Indian journal of veterinary science and animal husbandry - Volume 8,
Year: 1938
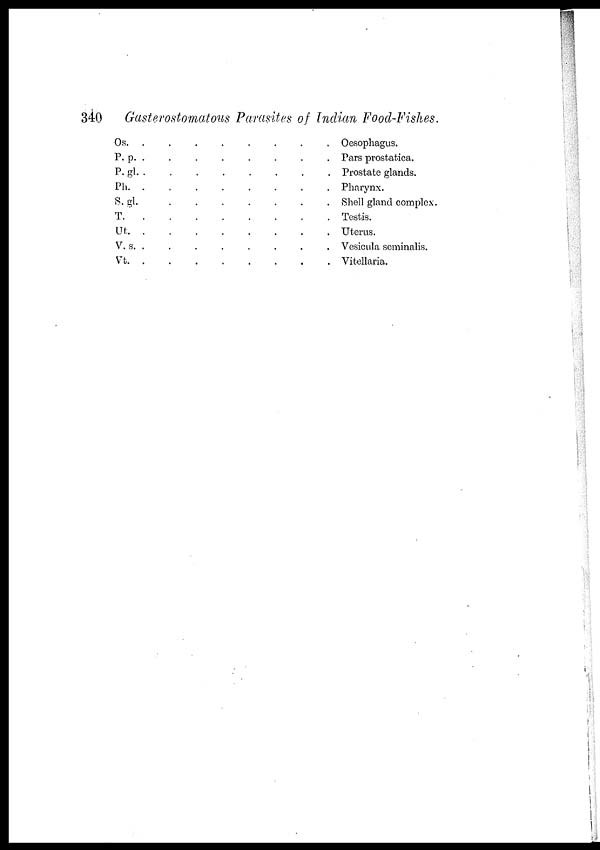
340
Gasterostomatous Parasites of Indian Food-Fishes.
Os. . . . . . . . . .
P.p. . . . . . . . . .
P.gl. . . . . . . . . .
Ph. . . . . . . . . .
S. gl. . . . . . . . . .
T. . . . . . . . . .
Ut. . . . . . . . . .
V.s. . . . . . . . . .
Vt. . . . . . . . . .
Oesophagus.
Pars prostatica.
Prostate glands.
Pharynx.
Shell gland complex.
Testis.
Uterus.
Vesicula seminalis.
Vitellaria.